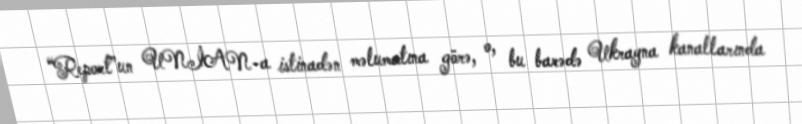
“Report”un UNİAN-a istinadən məlumatına görə, o, bu barədə Ukrayna kanallarında